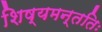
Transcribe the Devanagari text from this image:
शिष्यमन्ततिः